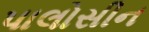
પાલોસીન